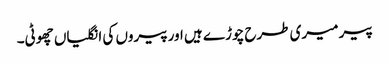
پیر میری طرح چوڑے ہیں اورپیروں کی انگلیاں چھوٹی۔